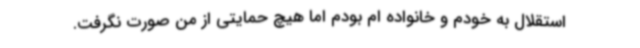
استقلال به خودم و خانواده ام بودم اما هیچ حمایتی از من صورت نگرفت.